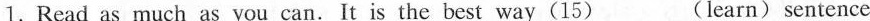
1.Read as much as you can.It is the best way(15)____(learn) sentence